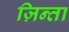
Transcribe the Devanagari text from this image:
ज़िन्ता